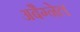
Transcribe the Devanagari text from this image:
अबैग्नेल